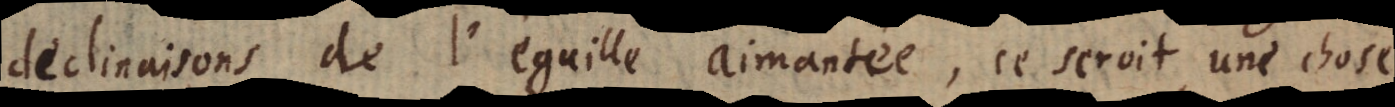
declinaisons de l’éguille aimantée, ce seroit une chose